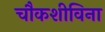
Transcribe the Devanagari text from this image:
चौकशीविना